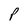
Character: P